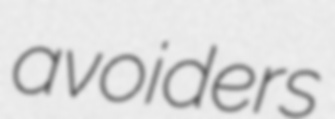
avoiders